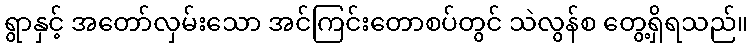
ရွာနှင့် အတော်လှမ်းသော အင်ကြင်းတောစပ်တွင် သဲလွန်စ တွေ့ရှိရသည်။